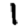
Digit: 1